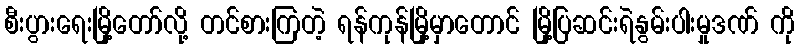
စီးပွားရေးမြို့တော်လို့ တင်စားကြတဲ့ ရန်ကုန်မြို့မှာတောင် မြို့ပြဆင်းရဲနွမ်းပါးမှုဒဏ် ကို